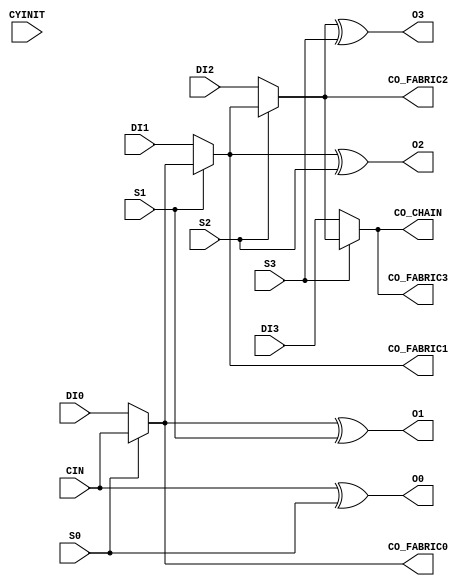
module CARRY4_VPR(O0, O1, O2, O3, CO_CHAIN, CO_FABRIC0, CO_FABRIC1, CO_FABRIC2, CO_FABRIC3, CYINIT, CIN, DI0, DI1, DI2, DI3, S0, S1, S2, S3);
  parameter CYINIT_AX = 1'b0;
  parameter CYINIT_C0 = 1'b0;
  parameter CYINIT_C1 = 1'b0;

  (* DELAY_CONST_CYINIT="0.491e-9" *)
  (* DELAY_CONST_CIN="0.235e-9" *)
  (* DELAY_CONST_S0="0.223e-9" *)
  output wire O0;

  (* DELAY_CONST_CYINIT="0.613e-9" *)
  (* DELAY_CONST_CIN="0.348e-9" *)
  (* DELAY_CONST_S0="0.400e-9" *)
  (* DELAY_CONST_S1="0.205e-9" *)
  (* DELAY_CONST_DI0="0.337e-9" *)
  output wire O1;

  (* DELAY_CONST_CYINIT="0.600e-9" *)
  (* DELAY_CONST_CIN="0.256e-9" *)
  (* DELAY_CONST_S0="0.523e-9" *)
  (* DELAY_CONST_S1="0.558e-9" *)
  (* DELAY_CONST_S2="0.226e-9" *)
  (* DELAY_CONST_DI0="0.486e-9" *)
  (* DELAY_CONST_DI1="0.471e-9" *)
  output wire O2;

  (* DELAY_CONST_CYINIT="0.657e-9" *)
  (* DELAY_CONST_CIN="0.329e-9" *)
  (* DELAY_CONST_S0="0.582e-9" *)
  (* DELAY_CONST_S1="0.618e-9" *)
  (* DELAY_CONST_S2="0.330e-9" *)
  (* DELAY_CONST_S3="0.227e-9" *)
  (* DELAY_CONST_DI0="0.545e-9" *)
  (* DELAY_CONST_DI1="0.532e-9" *)
  (* DELAY_CONST_DI2="0.372e-9" *)
  output wire O3;

  (* DELAY_CONST_CYINIT="0.578e-9" *)
  (* DELAY_CONST_CIN="0.293e-9" *)
  (* DELAY_CONST_S0="0.340e-9" *)
  (* DELAY_CONST_DI0="0.329e-9" *)
  output wire CO_FABRIC0;

  (* DELAY_CONST_CYINIT="0.529e-9" *)
  (* DELAY_CONST_CIN="0.178e-9" *)
  (* DELAY_CONST_S0="0.433e-9" *)
  (* DELAY_CONST_S1="0.469e-9" *)
  (* DELAY_CONST_DI0="0.396e-9" *)
  (* DELAY_CONST_DI1="0.376e-9" *)
  output wire CO_FABRIC1;

  (* DELAY_CONST_CYINIT="0.617e-9" *)
  (* DELAY_CONST_CIN="0.250e-9" *)
  (* DELAY_CONST_S0="0.512e-9" *)
  (* DELAY_CONST_S1="0.548e-9" *)
  (* DELAY_CONST_S2="0.292e-9" *)
  (* DELAY_CONST_DI0="0.474e-9" *)
  (* DELAY_CONST_DI1="0.459e-9" *)
  (* DELAY_CONST_DI2="0.289e-9" *)
  output wire CO_FABRIC2;

  (* DELAY_CONST_CYINIT="0.580e-9" *)
  (* DELAY_CONST_CIN="0.114e-9" *)
  (* DELAY_CONST_S0="0.508e-9" *)
  (* DELAY_CONST_S1="0.528e-9" *)
  (* DELAY_CONST_S2="0.376e-9" *)
  (* DELAY_CONST_S3="0.380e-9" *)
  (* DELAY_CONST_DI0="0.456e-9" *)
  (* DELAY_CONST_DI1="0.443e-9" *)
  (* DELAY_CONST_DI2="0.324e-9" *)
  (* DELAY_CONST_DI3="0.327e-9" *)
  output wire CO_FABRIC3;

  (* DELAY_CONST_CYINIT="0.580e-9" *)
  (* DELAY_CONST_CIN="0.114e-9" *)
  (* DELAY_CONST_S0="0.508e-9" *)
  (* DELAY_CONST_S1="0.528e-9" *)
  (* DELAY_CONST_S2="0.376e-9" *)
  (* DELAY_CONST_S3="0.380e-9" *)
  (* DELAY_CONST_DI0="0.456e-9" *)
  (* DELAY_CONST_DI1="0.443e-9" *)
  (* DELAY_CONST_DI2="0.324e-9" *)
  (* DELAY_CONST_DI3="0.327e-9" *)
  output wire CO_CHAIN;

  input wire DI0, DI1, DI2, DI3;
  input wire S0, S1, S2, S3;

  input wire CYINIT;
  input wire CIN;

  wire CI0;
  wire CI1;
  wire CI2;
  wire CI3;
  wire CI4;

  assign CI0 = (CYINIT & CYINIT_AX) | CYINIT_C1 | (CIN & (!CYINIT_AX && !CYINIT_C0 && !CYINIT_C1));
  assign CI1 = S0 ? CI0 : DI0;
  assign CI2 = S1 ? CI1 : DI1;
  assign CI3 = S2 ? CI2 : DI2;
  assign CI4 = S3 ? CI3 : DI3;

  assign CO_FABRIC0 = CI1;
  assign CO_FABRIC1 = CI2;
  assign CO_FABRIC2 = CI3;
  assign CO_FABRIC3 = CI4;

  assign O0 = CI0 ^ S0;
  assign O1 = CI1 ^ S1;
  assign O2 = CI2 ^ S2;
  assign O3 = CI3 ^ S3;

  assign CO_CHAIN = CO_FABRIC3;
endmodule